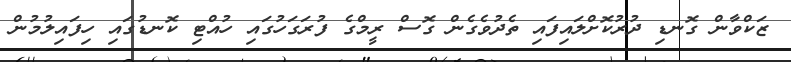
ޒަކްވާން ގޮނޑި ދުރުކޮށްލައިފައި ތެދުވެގެން ގޮސް ރީމްގެ ފުރަގަހުގައި ހުއްޓި ކޮނޑުގައި ހިފައިލުމުން